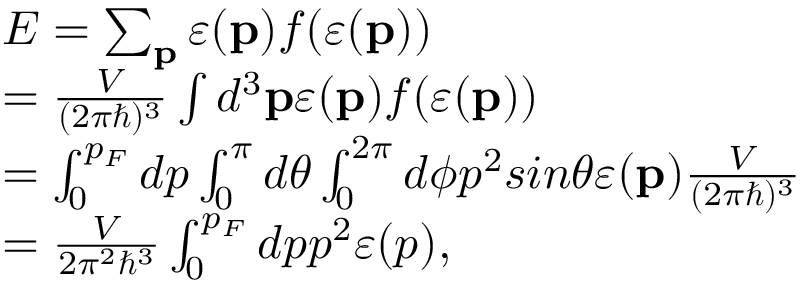
\begin{array} { l } { E = \sum _ { \mathbf { p } } \varepsilon ( \mathbf { p } ) f ( \varepsilon ( \mathbf { p } ) ) } \\ { = \frac { V } { ( 2 \pi \hbar ) ^ { 3 } } \int d ^ { 3 } \mathbf { p } \varepsilon ( \mathbf { p } ) f ( \varepsilon ( \mathbf { p } ) ) } \\ { = \int _ { 0 } ^ { p _ { F } } d p \int _ { 0 } ^ { \pi } d \theta \int _ { 0 } ^ { 2 \pi } d \phi p ^ { 2 } s i n \theta \varepsilon ( \mathbf { p } ) \frac { V } { ( 2 \pi \hbar ) ^ { 3 } } } \\ { = \frac { V } { 2 \pi ^ { 2 } \hbar ^ { 3 } } \int _ { 0 } ^ { p _ { F } } d p p ^ { 2 } \varepsilon ( p ) , } \end{array}